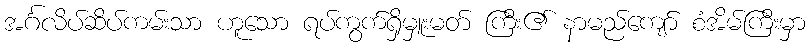
အင်္ဂလိပ်ဆိပ်ကမ်းသာ ဟူသော ရပ်ကွက်ရှိမှူးမတ် ကြီး၏ နာမည်ကျော် စံအိမ်ကြီးမှာ